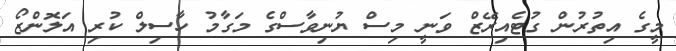
މީގެ އިތުރުން ގުޓެއިރޭޒް ވަނީ މިސް ޔުނިވާސްގެ މަގާމު ހާސިލް ކުރި އަލޮންޒޯ